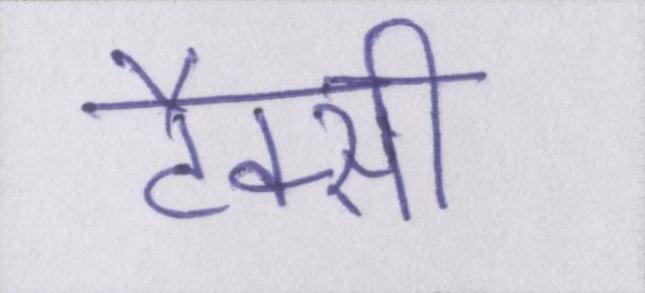
टैक्सी